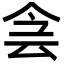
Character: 侌